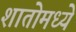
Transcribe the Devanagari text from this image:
शातोमध्ये